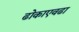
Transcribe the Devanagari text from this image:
ढोकाएवढा